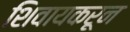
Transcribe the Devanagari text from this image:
शिवायकरून